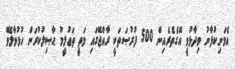
އެމަނިކުފާނު ވިދާޅުވީ އޭގެތެރެއިން 500 ފުރުޞަތަކީ ރާއްޖޭގައި މަތީ ތަޢުލީމު ޙާޞިލުކުރަން ހުޅުވާލެވޭ